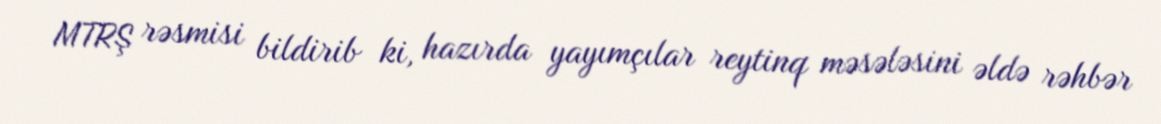
MTRŞ rəsmisi bildirib ki, hazırda yayımçılar reytinq məsələsini əldə rəhbər